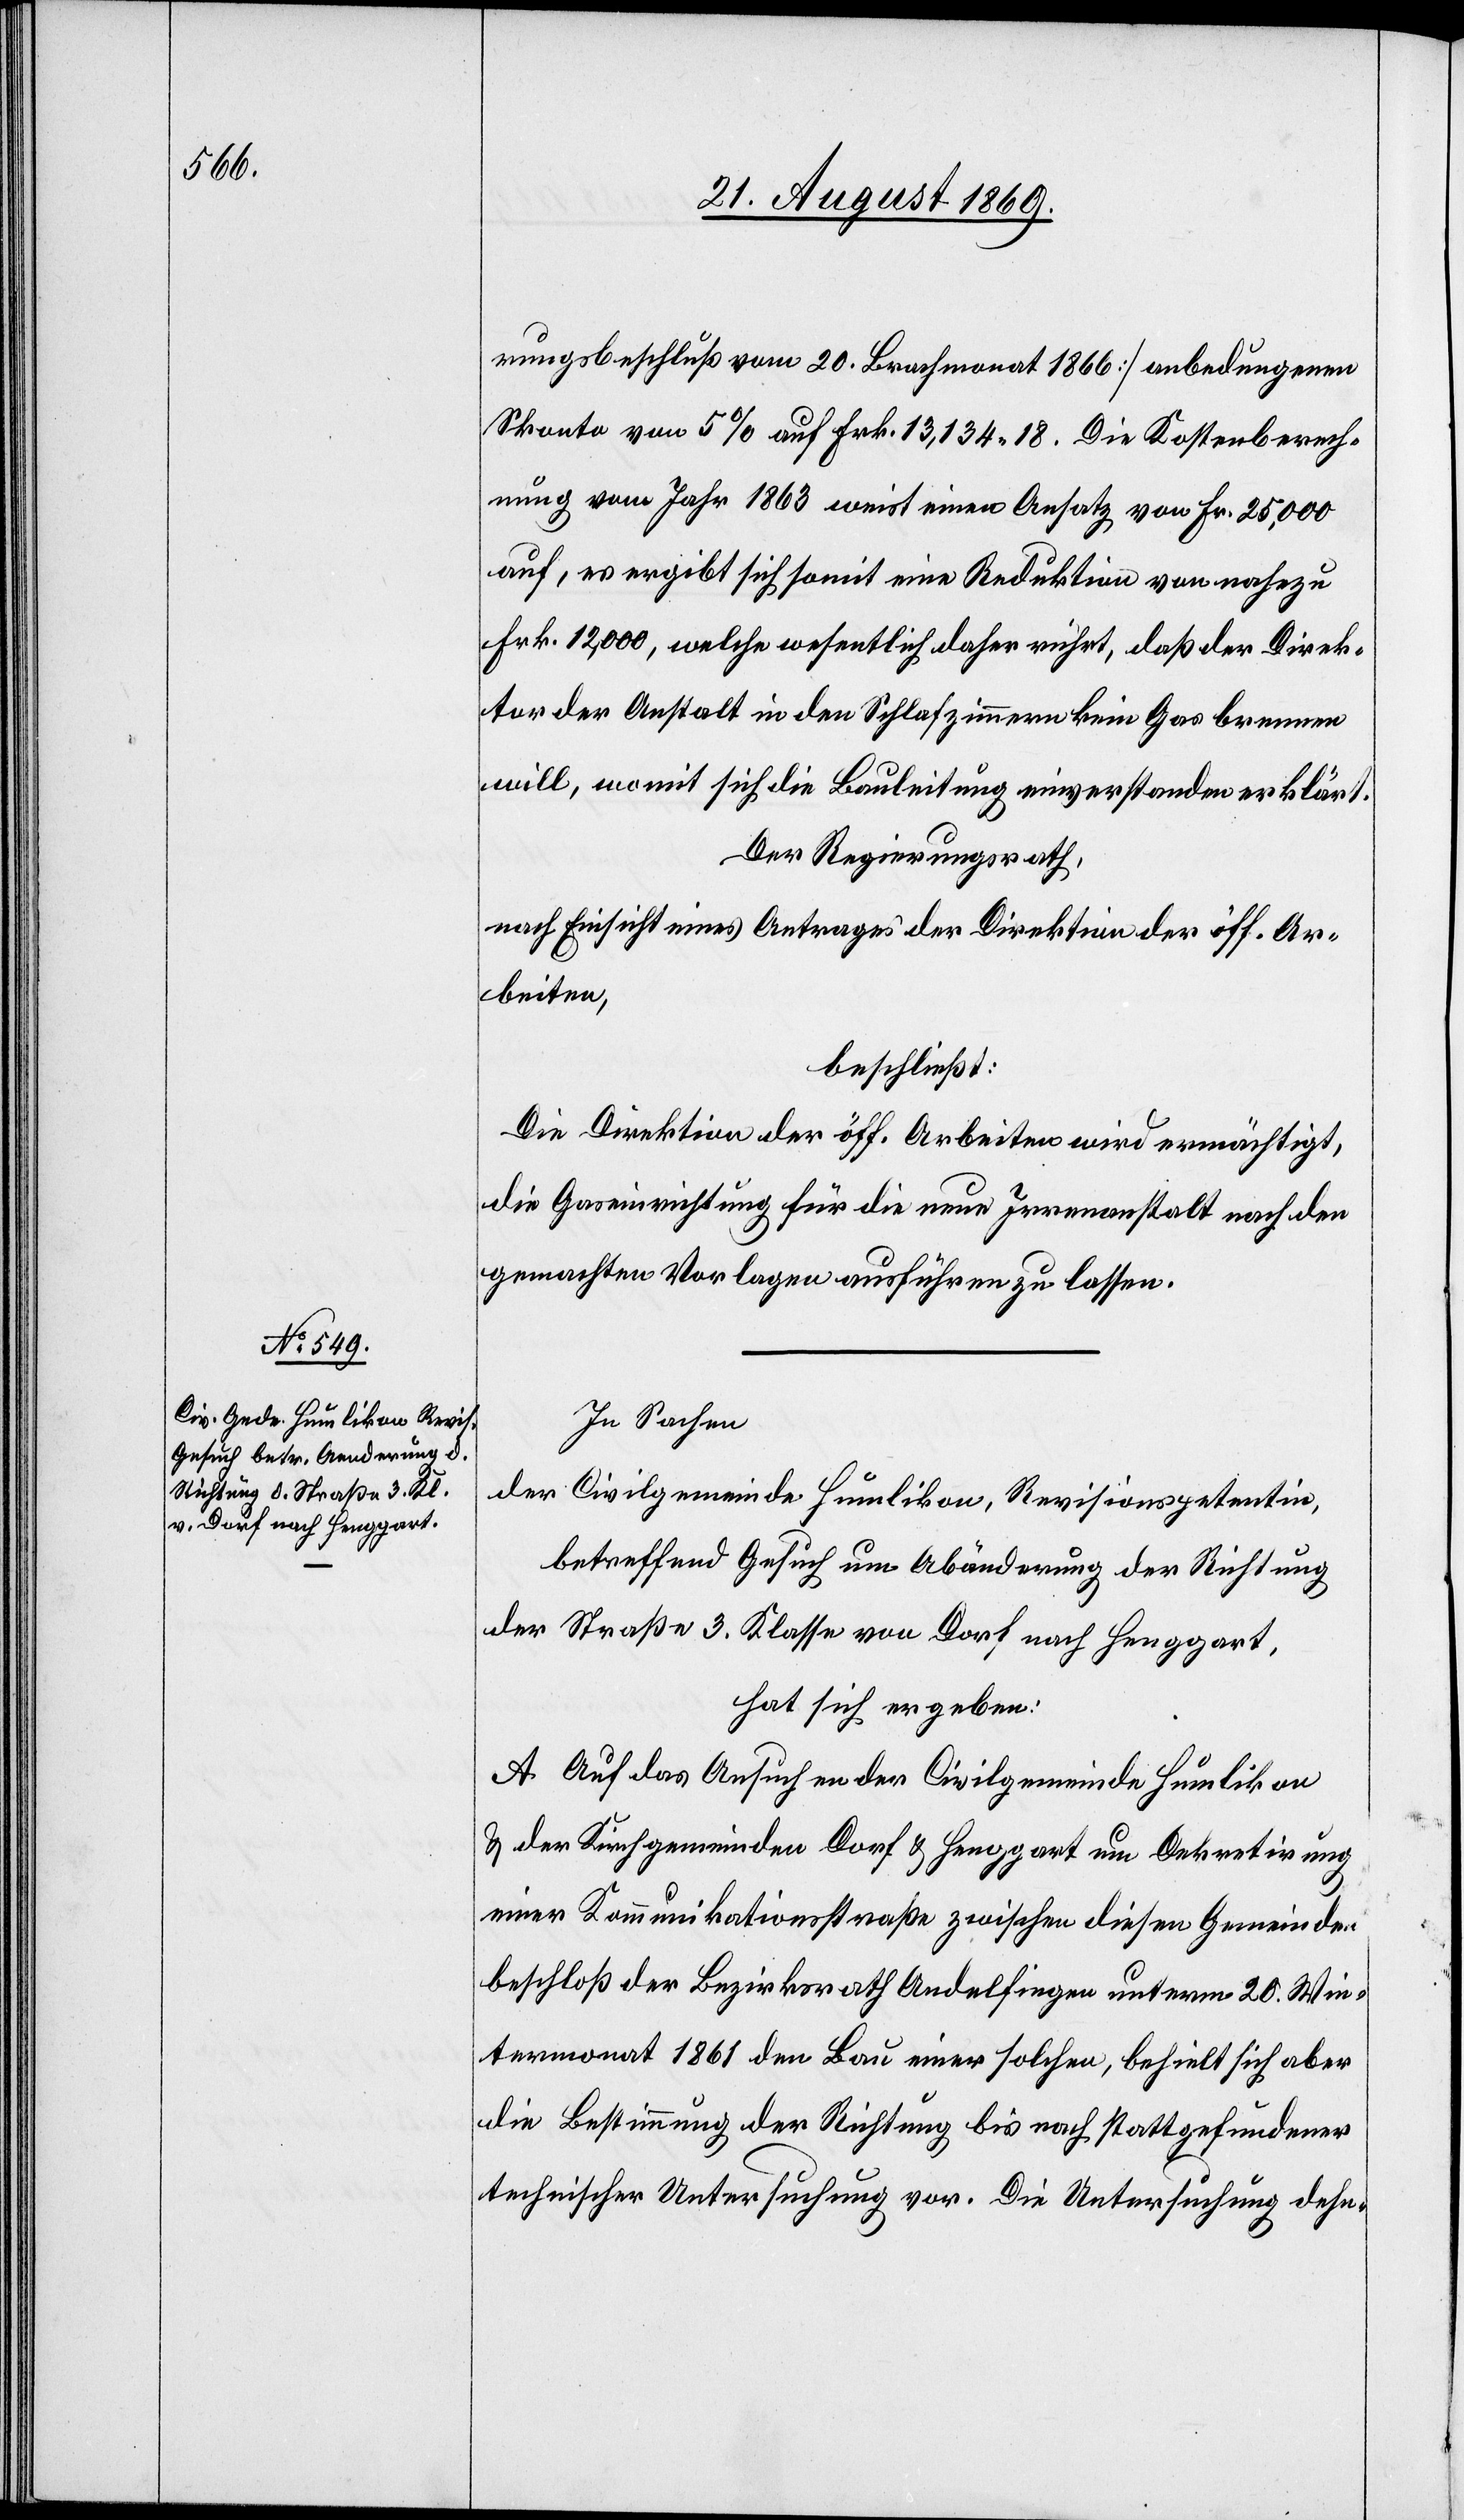
rungsbeschluß vom 20. Brachmonat 1866] anbedungenen
Skonto von 5% auf Frk. 13,134 18. Die Kostenberech¬
nung vom Jahr 1863 weist einen Ansatz von Fr. 25,000
auf, es ergibt sich somit eine Reduktion von nahezu
Frk. 12,000, welche wesentlich daher rührt, daß der Direk¬
tion der Anstalt in den Schlafzimmern kein Gas brennen
will, womit sich die Bauleitung einverstanden erklärt.
Der Regierungsrath,
nach Einsicht eines Antrages der Direktion der öff. Ar¬
beiten,
beschließt:
Die Direktion der öff. Arbeiten wird ermächtigt,
die Gaseinrichtung für die neue Irrenanstalt nach den
gemachten Vorlagen ausführen zu lassen.
In Sachen
der Civilgemeinde Humlikon, Revisionspetentin,
betreffend Gesuch um Abänderung der Richtung
der Straße 3. Klasse von Dorf nach Henggart,
hat sich ergeben:
A. Auf das Ansuchen der Civilgemeinde Humlikon
& der Kirchgemeinden Dorf & Henggart um Dekretirung
einer Kommunikationsstraße zwischen diesen Gemeinden
beschloß der Bezirksrath Andelfingen unterm 20. Win¬
termonat 1861 den Bau einer solchen, behielt sich aber
die Bestimmung der Richtung bis nach stattgefundener
technischer Untersuchung vor. Die Untersuchung dehn-